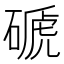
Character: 磃